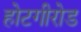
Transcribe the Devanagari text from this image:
होटगीरोड